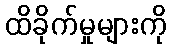
ထိခိုက်မှုများကို